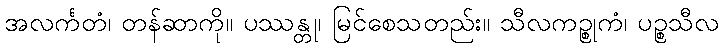
အလင်္ကတံ၊ တန်ဆာကို။ ပဿန္တု၊ မြင်စေသတည်း။ သီလကဉ္စုကံ၊ ပဉ္စသီလ